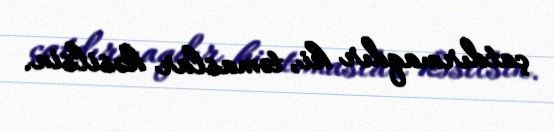
çatdırmaqdır ki, təmaslar kəsilsin.